Jaan_Tonisson_(Lasteleht), lk 58
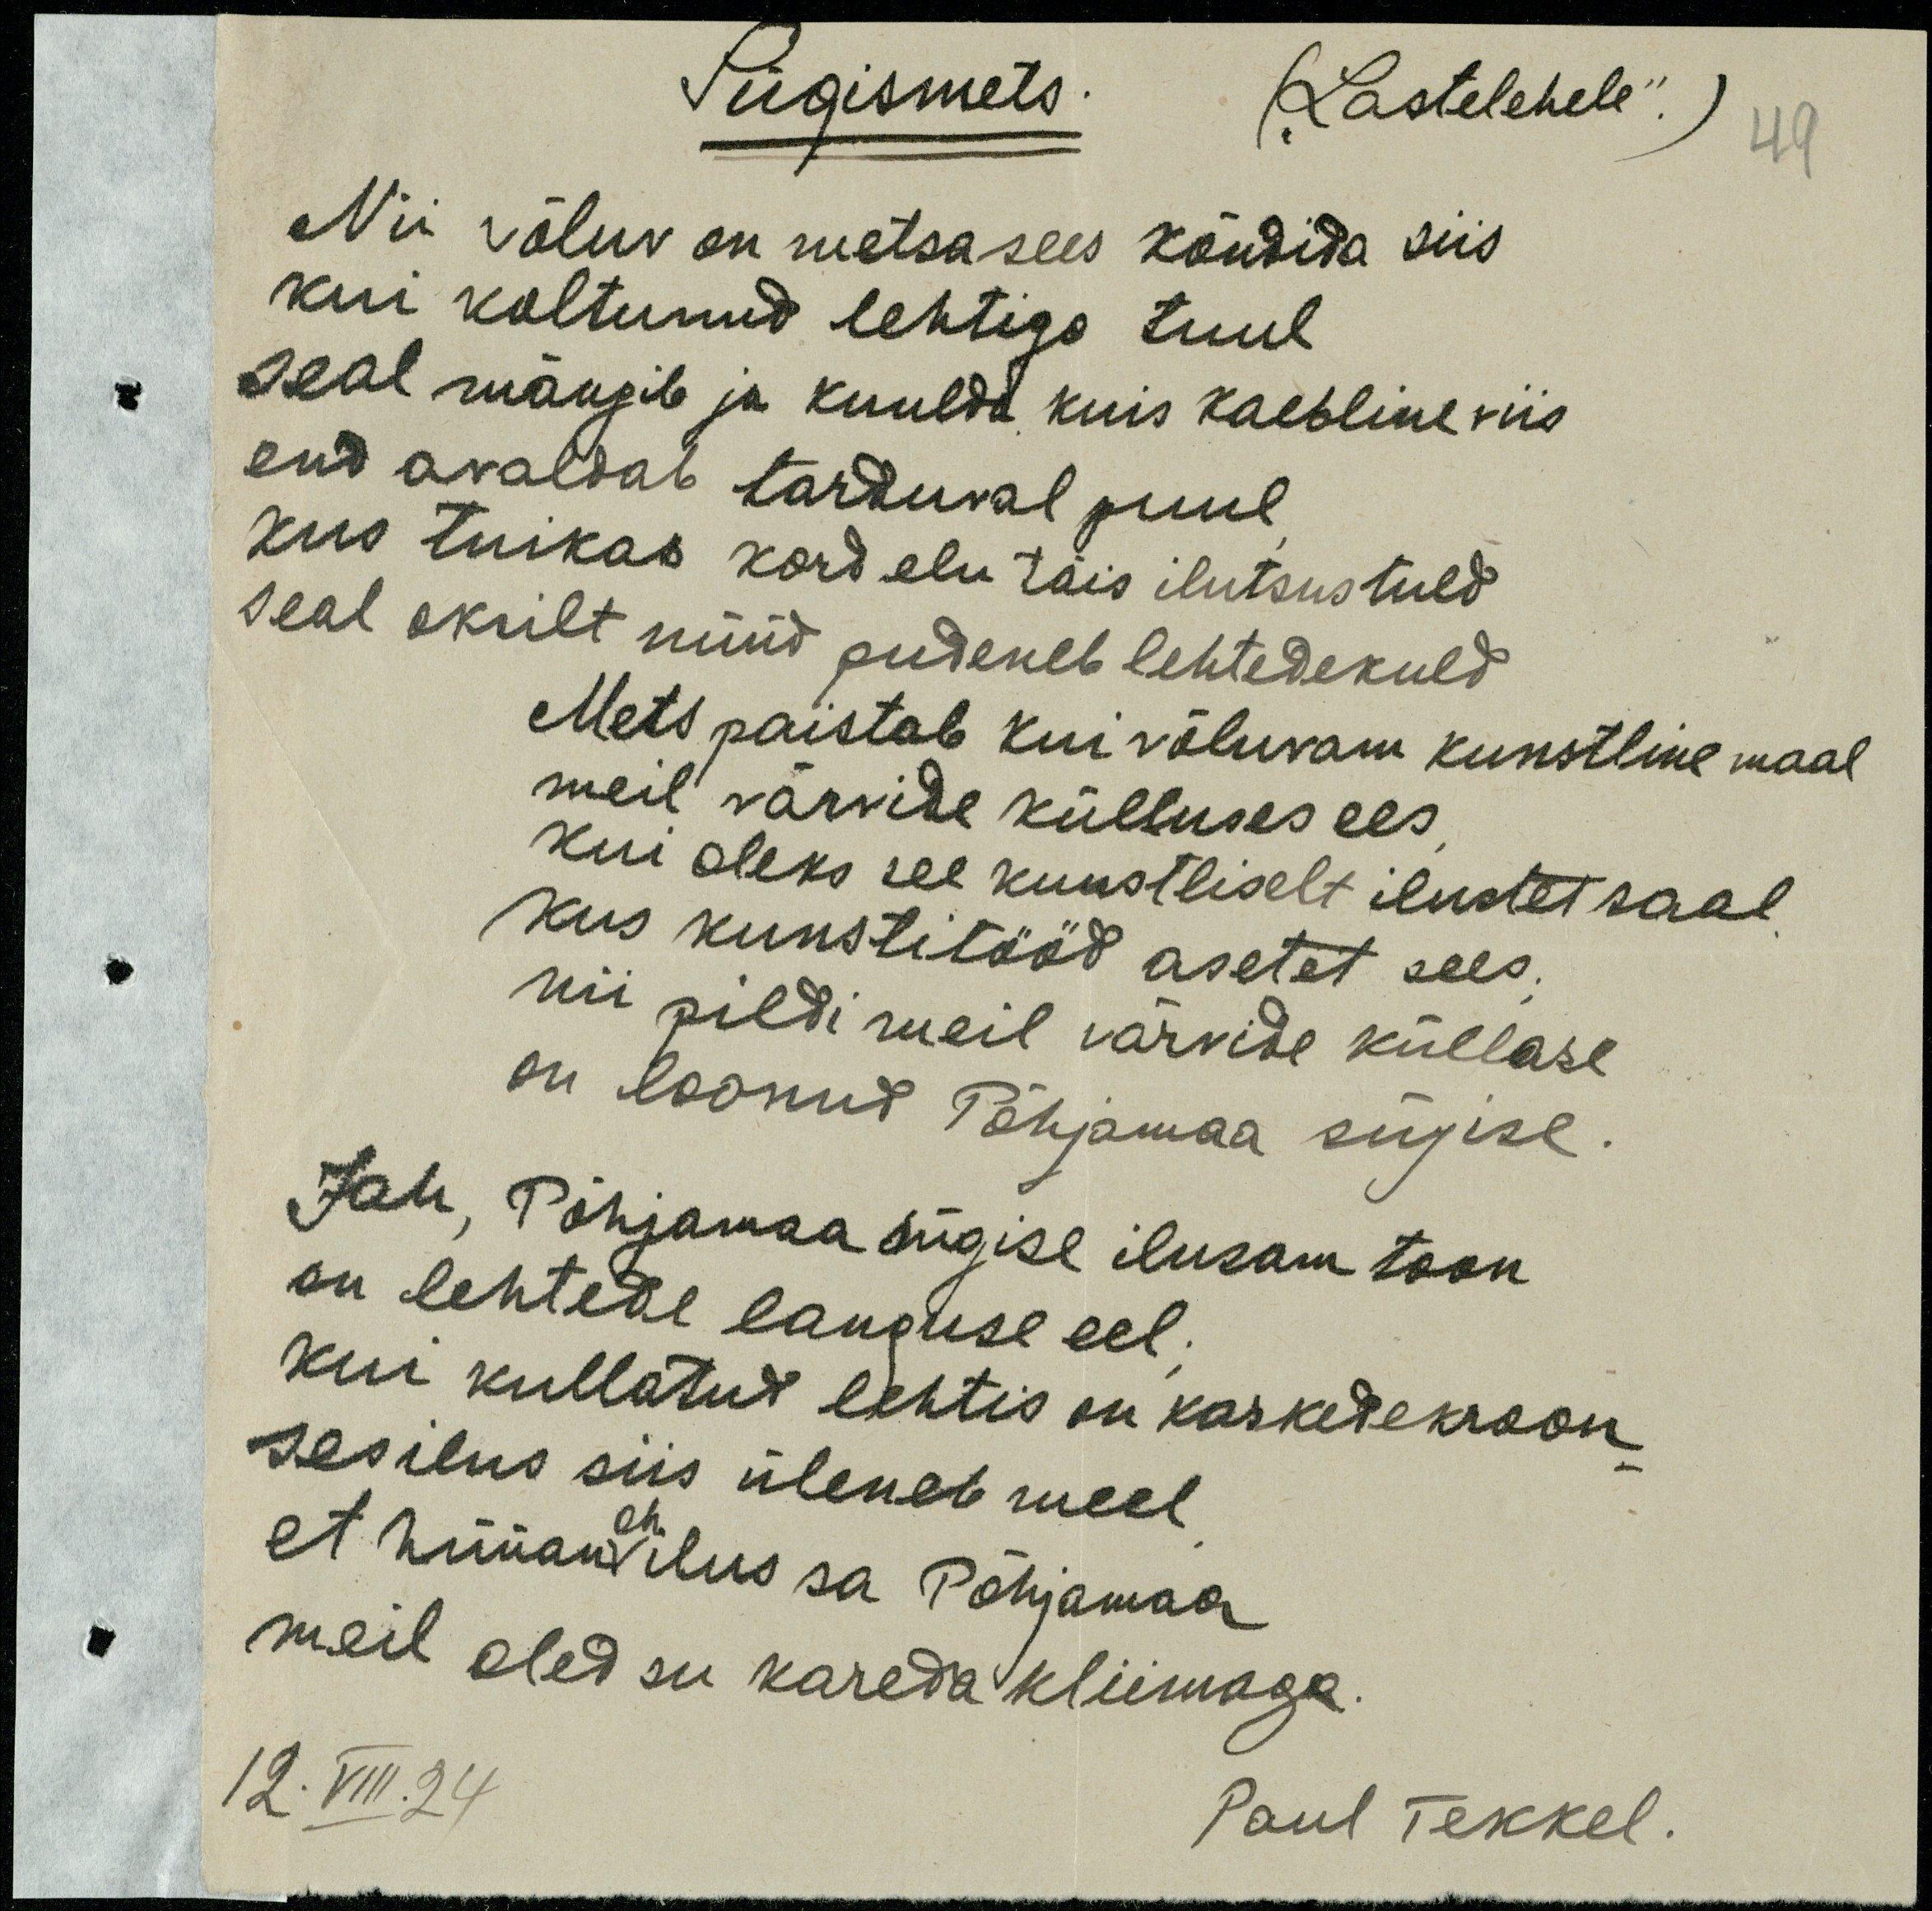
Sügismets
49
Nii võluv on metsa sees kõndida siis
Kui koltunud lehtiga tuul
Seal mängib ja kuulda kuis kaebline viis
end avaldab tarduval puul
kus tuikas kord elu täis ilutsus tuld
seal oksilt nüüd pudeneb lehtedekuld
Mets paistab kui võluvam kunstline maal
meil värvide külluses ees
Kui oleks see kunstliselt ilustet saal
Kus kunstitööd asetet sees
niii pildi meil värvide küllase
on loonud Põhjamaa sügise
Jah, Põhjamaa sügise ilusam toon
on lehtede languse eel,
Kui kullatud lehtis on kaskedekroon
Ses ilus siis üleneb meel
et hüüan oh ilus sa Põhjamaa
meil oled sa kareda kliimaga.
12. VIII. 24
Paul Tekkel